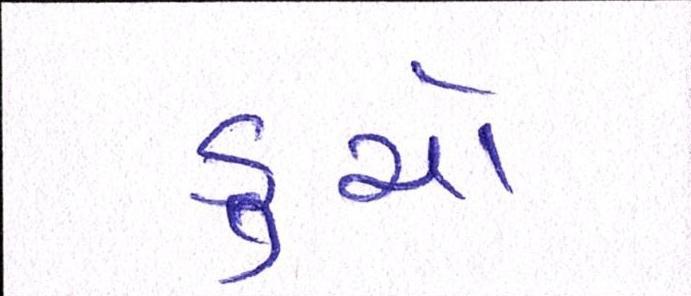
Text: ડુચો